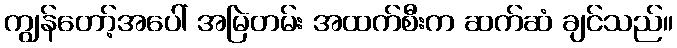
ကျွန်တော့်အပေါ် အမြဲတမ်း အထက်စီးက ဆက်ဆံ ချင်သည်။